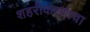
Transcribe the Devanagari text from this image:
शहरीकरणाचा